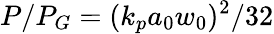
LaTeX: P/P_{G}=(k_{p}a_{0}w_{0})^{2}/32